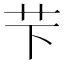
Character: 芐